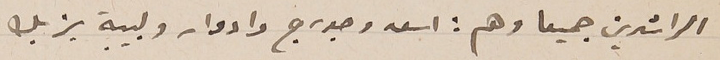
الراشدين جميعا وهم : اسعد وجورج وادوار ولبيبة يزبك